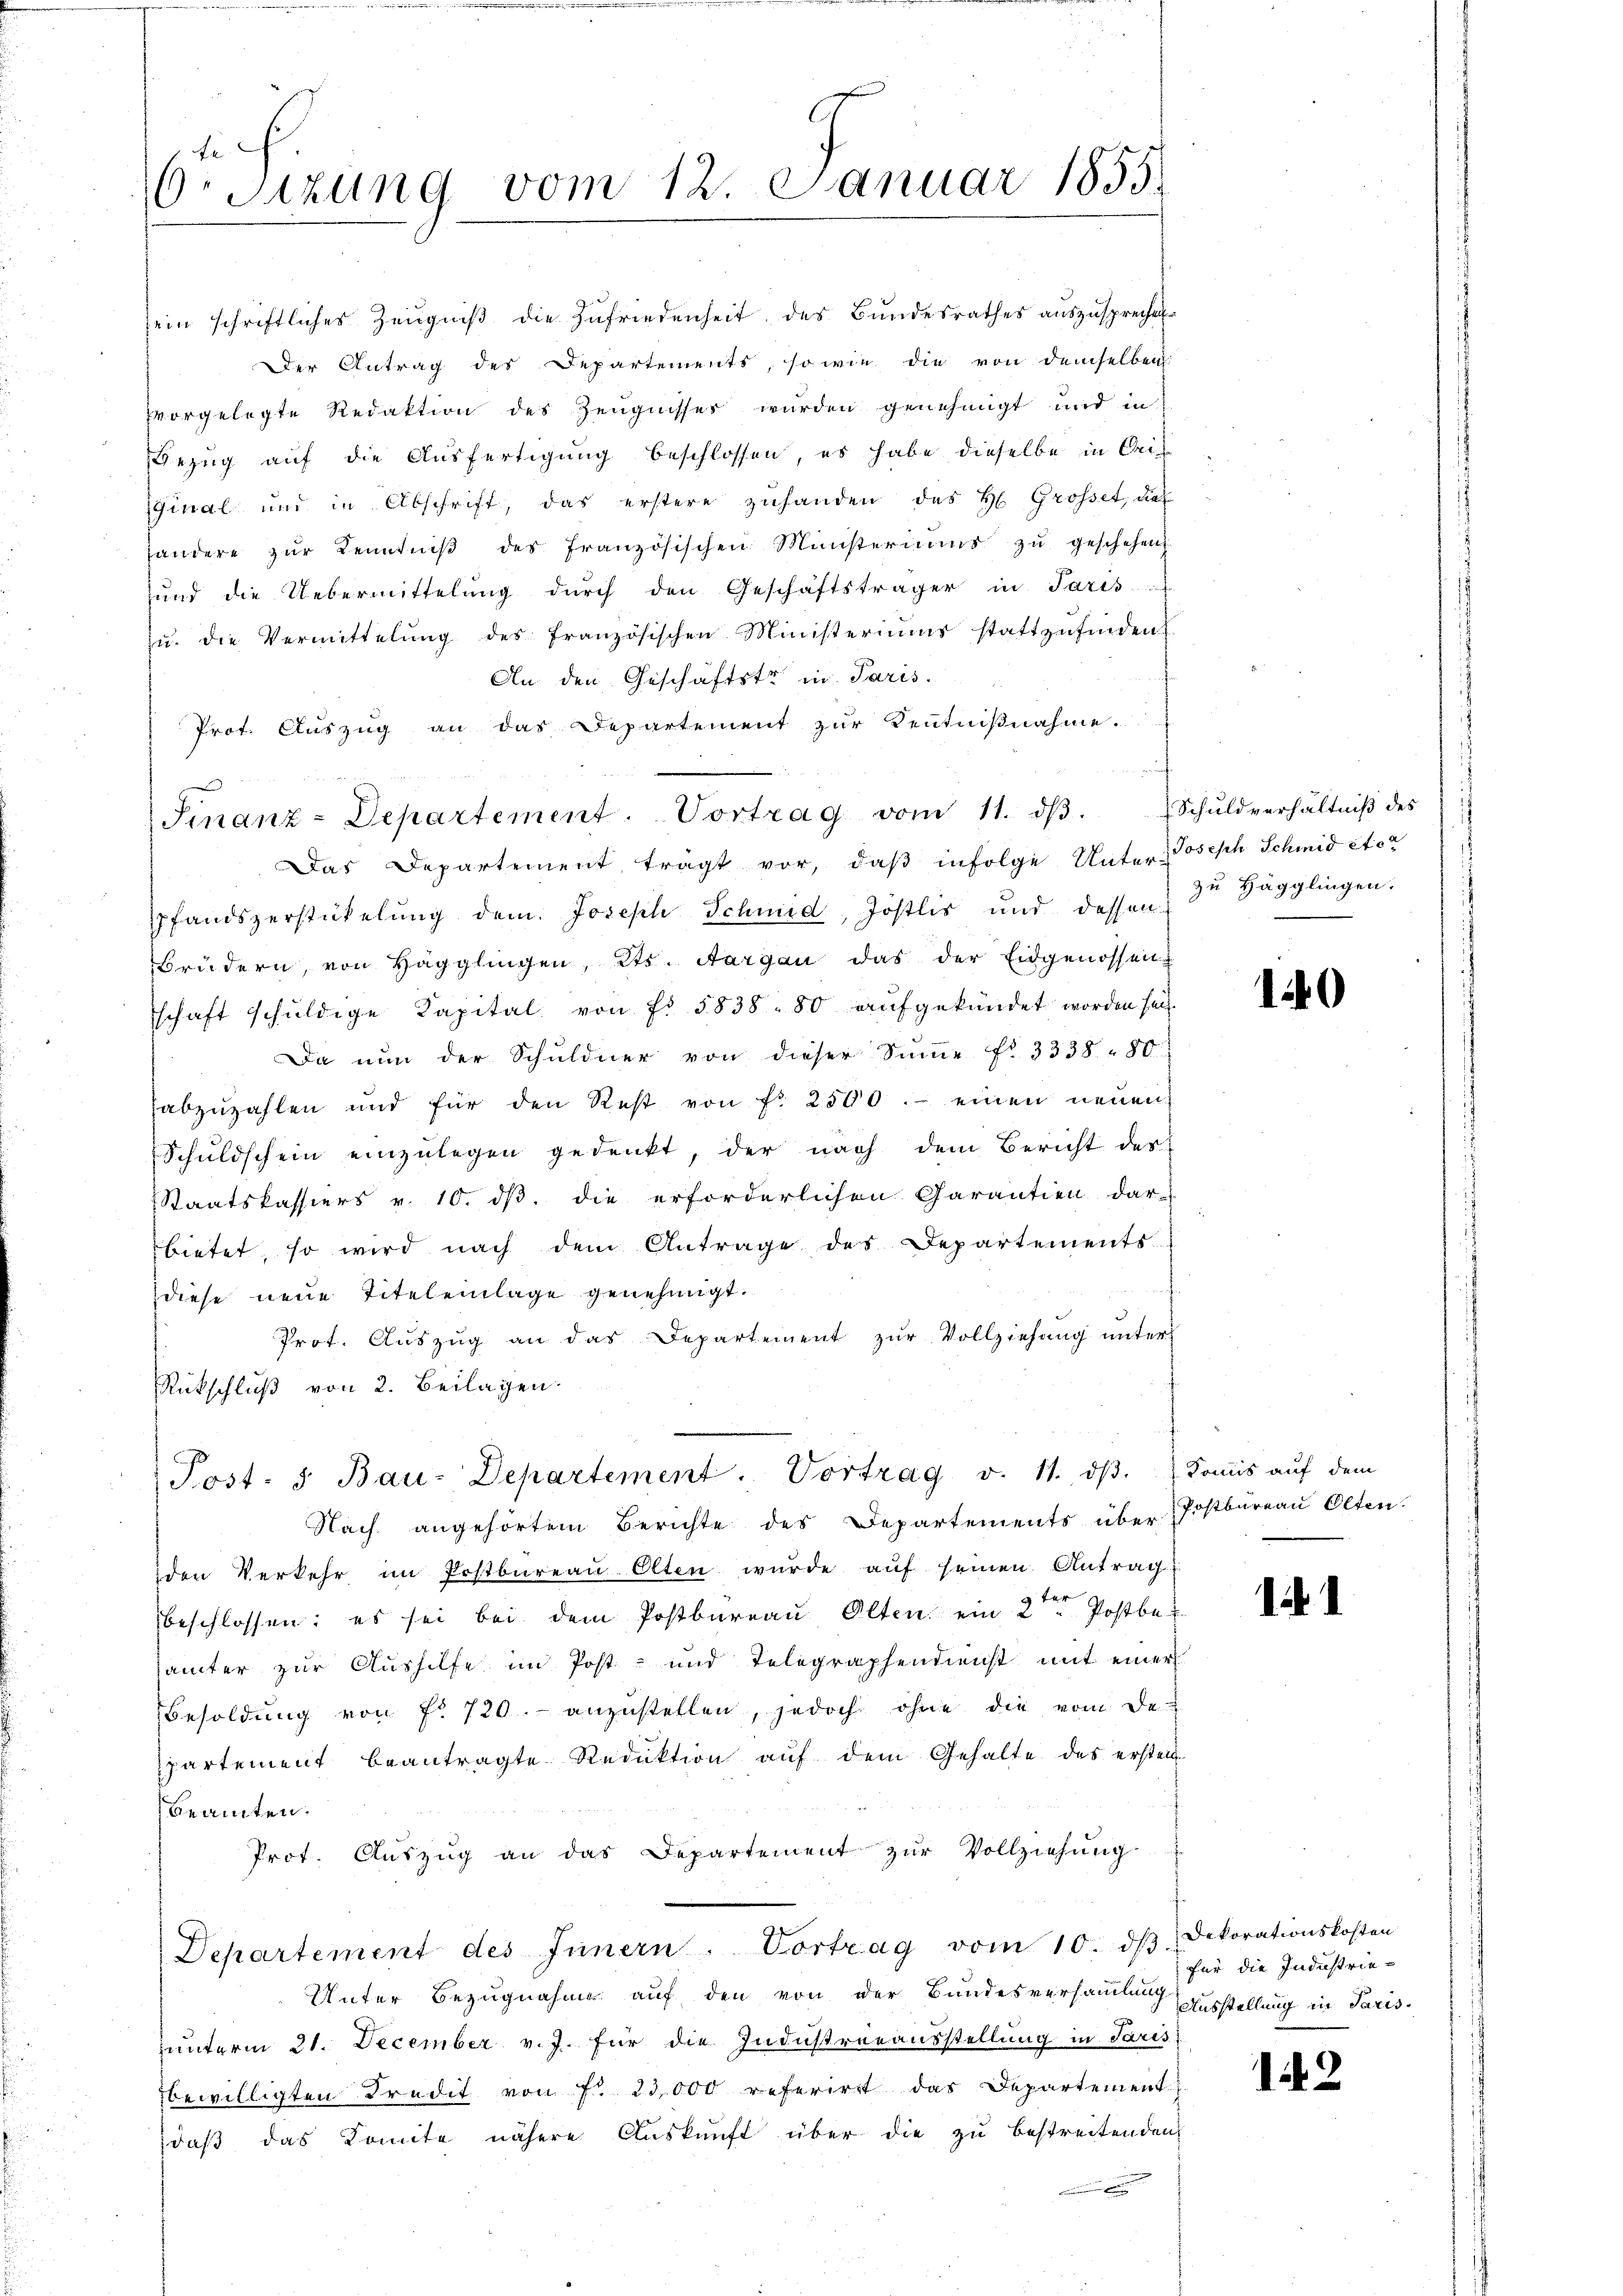
6. Sizung vom 12. Januar 1855.

sein schriftliches Zeŭgniβ die Zufriedenheit des Bŭndesrathes aŭszŭsprechen
Der Antrag des Departements, sowie die von demselben
vvorgelegte Redaktion des Zeugnisses wurden genehmigt und in
Bezug auf die Ausfertigung beschlossen, es habe dieselbe in Orie
Ginal und in Abschrift, das erstere zuhanden des H. Grosset, da
handere zŭr Kenntniβ des französischen Ministeriums zŭ geschehen
und die Uebermittelung dŭrch den Geschäftsträger in Paris
u. die Vermittelung des französischen Ministeriums stattzufinden
An den Geschäftstr in Paris.
Prot. Auszug an das Departement zur Kenntnißnahme.
Das Departement trägt vor, daβ infolge Unter Joseph Schmid etc
Pfandszerstickelung dem Joseph Schmid, Jostlis und dessen
Brüdern, von Hägglingen, Kts. Aargau das der Eidgenossen
schaft schuldige Kapital von Fr. 5838 - 80 aufgekündet worden sei.
Da nun der Schuldner von dieser Sŭṁe Nr. 3338 - 80
abzuzahlen und für den Rest von fr. 2500. einen neuen
Schuldschein einzulegen gedenkt, der nach dem Bericht der
Staatskassiers v. 10. ds. die erforderlichen Garantien dar-
bietet, so wird nach dem Antrage des Departements
diese neue Titel einlage genehmigt.
Prot. Auszug an das Departement zŭr Vollziehung unter
Rückschluß von 2. Beilagen.
Post- u Bau-Departement. Vortrag v. 11. dβ. Domis auf dem
Nach angehörtem Berichte des Departements über Postbureau Olten.
den Verkehr im Postbüreaŭ Olten wŭrde aŭf seinen Antrag
E
beschlossen: es sei bei dem Postbüreaŭ Olten ein 2 " Postbe-
sämter zur Aushilfe im Post- und Telegraphendienst mit einer
Besoldung von fr. 720. anzustellen, jedoch ohne die vom De
partement beantragte Reduktion auf dem Gehalte des erstell
beamten.
Prot. Auszug an das Departement zur Vollziehung
Departement des Innern. Vortrag vom 10. dβ Dekorationskosten
Unter Bezugnahme auf den von der Bundesversammlung Ausstellung in Paris
unterm 21. December v. J. für die Industrieausstellung in Paris
bewilligten Predit von Fr. 23,000 referirt das Departement
daß das Komite nähere Auskunft über die zu bestreitenden
.

Sinanz-Departement. Vortrag vom 11. dβ. Schuldverhältniβ des

zu Hägglingen.

140

1

für die Industrie-

12